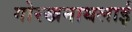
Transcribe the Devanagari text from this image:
गोरखनाथलाई